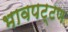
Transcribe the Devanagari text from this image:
भावपट्टण